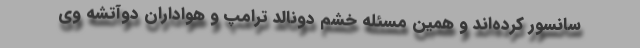
سانسور کرده‌اند و همین مسئله خشم دونالد ترامپ و هواداران دوآتشه وی